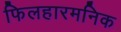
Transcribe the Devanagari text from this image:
फिलहारमनिक